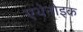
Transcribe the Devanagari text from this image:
एथेनोइक